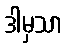
ဒါမှသာ